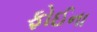
ફોઈના